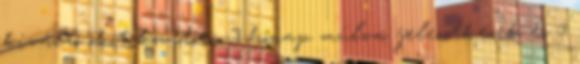
kiváltó okot követően 3 hónap múlva jelentkezik és 3